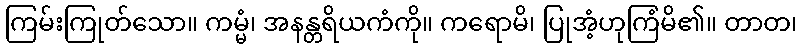
ကြမ်းကြုတ်သော။ ကမ္မံ၊ အနန္တရိယကံကို။ ကရောမိ၊ ပြုအံ့ဟုကြံမိ၏။ တာတ၊